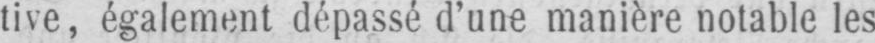
tive, également dépassé d’une manière notable les